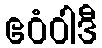
ဧဝံဝါဒီ